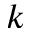
k